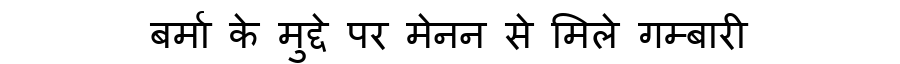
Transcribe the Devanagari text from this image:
बर्मा के मुद्दे पर मेनन से मिले गम्बारी